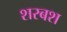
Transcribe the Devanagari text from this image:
शरबश